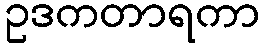
ဥဒကတာရကာ